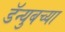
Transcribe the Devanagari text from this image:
डॅन्युबच्या